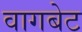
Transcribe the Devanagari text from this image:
वागबेट